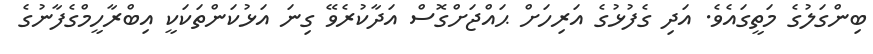
ބިންގަލުގެ މަތީގައެވެ. އަދި ގެފުޅުގެ އަރިހަށް ޙައްޖަށްގޮސް އަދާކުރެވޭ ގިނަ އަޅުކަންތަކަކީ އިބްރާހީމްގެފާނުގެ